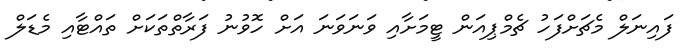
ފައިނަލް މެޗަށްފަހު ޗެމްޕިއަން ޓީމަށާއި ވަނަވަނަ އަށް ހޮވުނު ފަރާތްތަކަށް ތައްޓާއި މެޑަލް